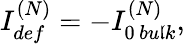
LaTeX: {I_{def}^{(N)}=-I_{0\, bu\mathfrak{l}k}^{(N)},}